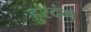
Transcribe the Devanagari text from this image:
हुरदंग